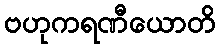
ဗဟုကရဏီယောတိ